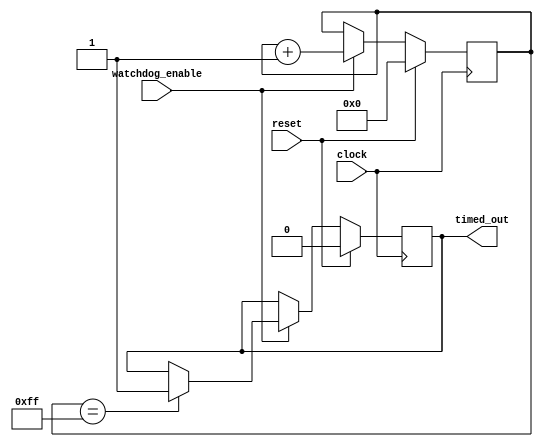
module WatchdogTimer (
    input wire watchdog_enable,
    input wire clock,
    input wire reset,

    output reg timed_out
);

reg [7:0] timer_count;

always @(posedge clock) begin
    if (reset) begin
        timer_count <= 8'b0;
        timed_out <= 1'b0;
    end else begin
        if (watchdog_enable) begin
            timer_count <= timer_count + 1;
            if (timer_count == 8'b11111111) begin
                timed_out <= 1'b1;
            end
        end
    end
end

endmodule